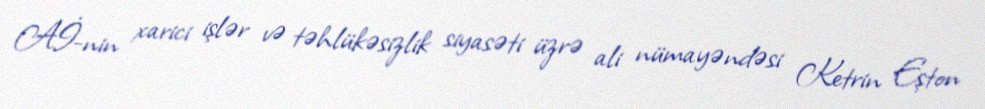
Aİ-nin xarici işlər və təhlükəsizlik siyasəti üzrə ali nümayəndəsi Ketrin Eşton